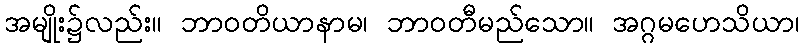
အမျိုး၌လည်း။ ဘာဝတိယာနာမ၊ ဘာဝတီမည်သော။ အဂ္ဂမဟေသိယာ၊